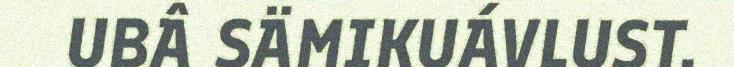
UBÂ SÄMIKUÁVLUST.